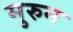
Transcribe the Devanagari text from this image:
मुरुन